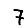
Digit: 7